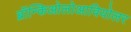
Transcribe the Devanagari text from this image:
ब्रॉन्किओलोआवियोलर